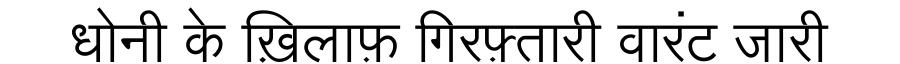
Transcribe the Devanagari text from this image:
धोनी के ख़िलाफ़ गिरफ़्तारी वारंट जारी